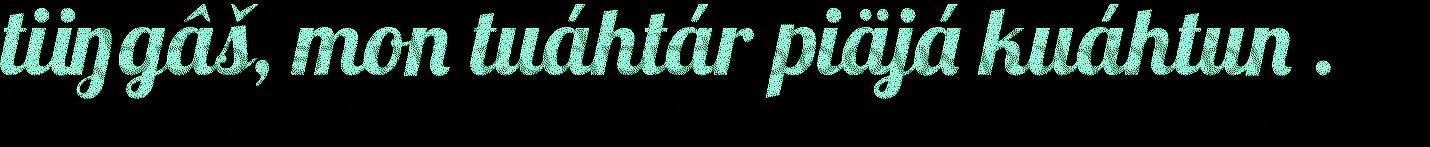
tiiŋgâš, mon tuáhtár piäjá kuáhtun .